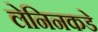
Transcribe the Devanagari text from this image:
लेनिनकडे